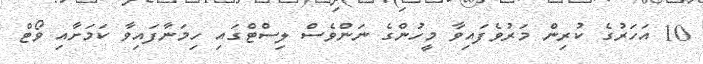
10 އަހަރުގެ ކުރިން މަރުވެފައިވާ މީހުންގެ ނަންވެސް ލިސްޓްގައި ހިމަނާފައިވާ ކަމަށާއި ވޯޓް